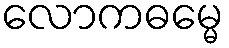
လောကဓမ္မေ